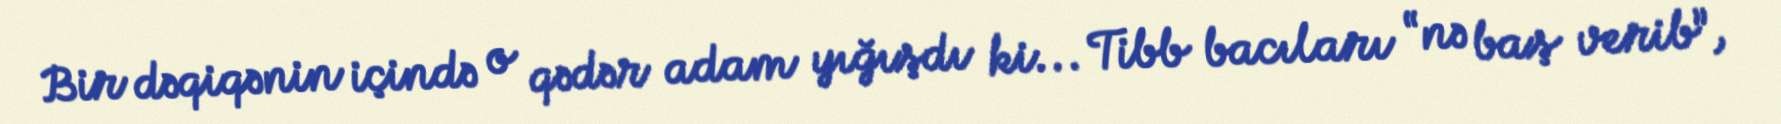
Bir dəqiqənin içində o qədər adam yığışdı ki... Tibb bacıları “nə baş verib”,